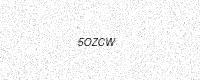
Text: 5OZCW